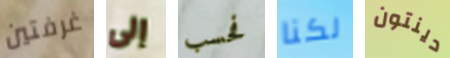
غرفتين إلى فحسب لكنا دينتون